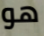
هو